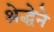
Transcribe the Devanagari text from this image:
श्रेद्धेने